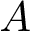
A